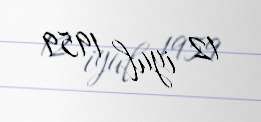
12 iyul 1959